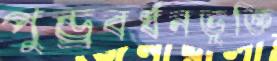
পুন্ড্রবর্ধনভুক্তি